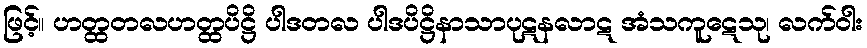
ဖြင့်။ ဟတ္ထတလဟတ္ထပိဋ္ဌိ ပါဒတလ ပါဒပိဋ္ဌိနာသာပုဋနလာဋ အံသကူဋေသု၊ လက်ဝါး